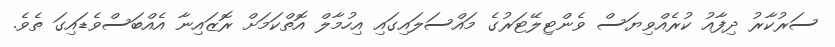
ސަރުކާރު ދިފާއު ކުރެއްވިޔަސް ވެންޓިލޭޓަރުގެ މައްސަލައިގައި އިހުމާލް އޮތްކަމަށް ރޮޒައިނާ އެއްބަސްވެޑައިގަ ތެވެ.